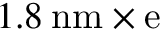
1 . 8 \: \mathrm { n m } \times \mathrm { e }